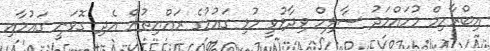
އިބްރާހިމް މުހައްމަދު ސާލިހް ވިދާޅުވީ މުޅި ގައުމުގެ ރައްޔިތުން އެދި ގޮވަނީ ގައުމާއި